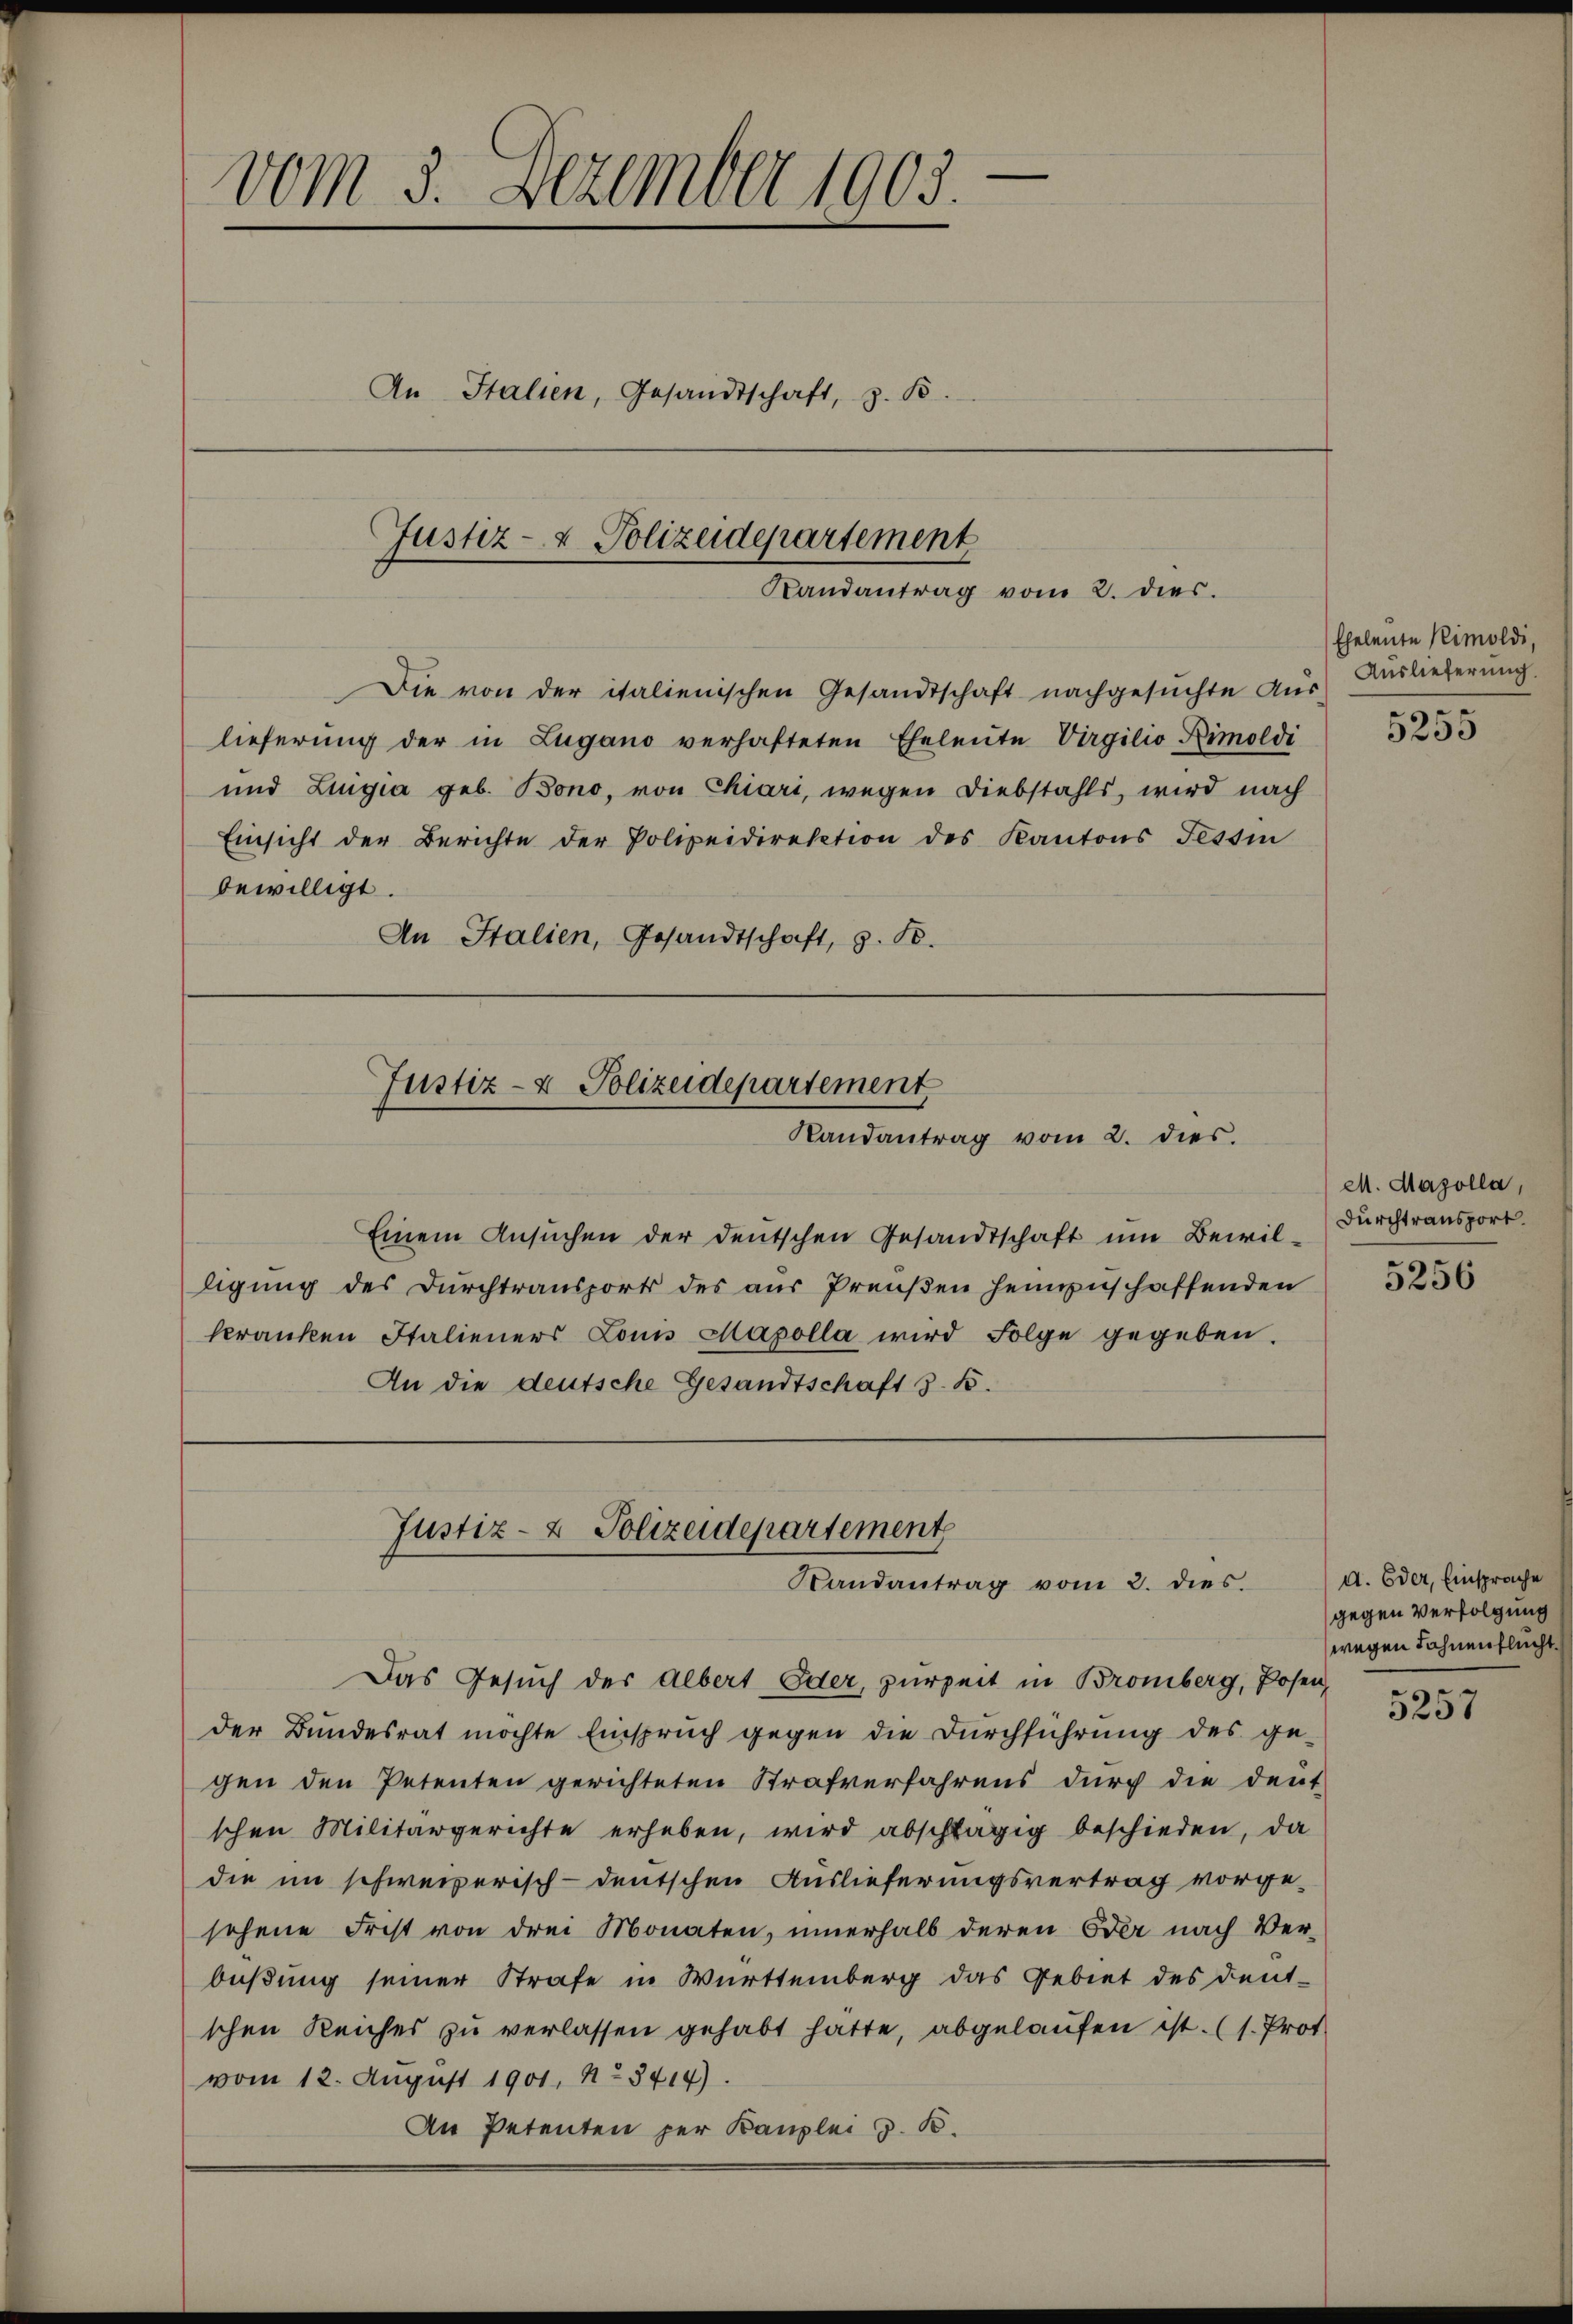
e
vom 3. Dezember 1903.
An Italien, Gesandtschaft, z. B.

Justiz- & Polizeidepartement
Randantrag vom 2. dies.

Die von der italienischen Gesandtschaft nachgesuchte Aus-
lieferung der in Lugano verhafteten Eheleute Virgilio Kimoldi
und Lingia geb. Bono, von Chiari, wegen Diebstahls, wird nach
Einsicht der Berichte der Polizeidirektion des Kantons Tessin
bewilligt.
An Italien, Gesandtschaft, z. B.

Justiz- & Polizeidepartement
Randantrag vom 2. dies

Einem Ansŭchen der deutschen Gesandtschaft ŭm Bewil-Durchtransport
ligung des Durchtransport des aus Preußen heimzuschaffenden
kranken Italieners Louis Mapolla wird Folge gegeben.
An die deutsche Gesandtschaft z. B.

Justiz- & Polizeidepartement
Randantrag vom 2. dies

Das Gesuch der Albert Eder, zurzeit in Bromberg, Posen-
der Bundesrat möchte Einspruch gegen die Durchführung des ge-
gen den Petenten gerichteten Strafverfahrens durch die deut-
schen Militärgerichte erheben, wird abschlägig beschieden, da
die im schweizerisch-deutschen Auslieferungsvertrag vorgesehene Frist von drei Monaten, innerhalb deren Oder nach Ver-
büßung seiner Strafe in Württemberg das Gebiet des deut-
schen Reiches zŭ verlassen gehabt hatte, abgelaŭfen ist. (s. Prof.
vom 12. August 1901, No 3414).
An Petenten per Kanzlei z. B.

Eheleute Klimoldi,
Auslieferung.

5255

M. Mazolla,

5256

d. Oder, Einsprache
gegen Verfolgung
wegen Fahnen flucht.

5257